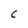
Character: C